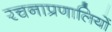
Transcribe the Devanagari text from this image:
रचनाप्रणालियों